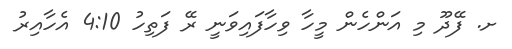
ށ. ފޭދޫ މި އަންހެން މީހާ ވިހާފައިވަނީ ރޭ ފަތިހު 4:10 އެހާއިރު